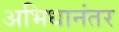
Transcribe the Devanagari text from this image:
अभिधानंतर